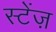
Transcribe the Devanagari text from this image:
स्टेंज़